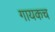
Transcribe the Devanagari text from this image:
गायकच